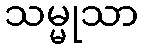
သမ္မုသာ